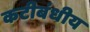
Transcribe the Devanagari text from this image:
कटीबंधीय